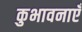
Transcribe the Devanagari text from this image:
कुभावनाएँ